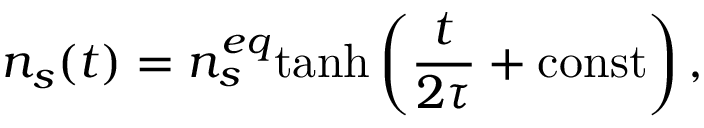
n _ { s } ( t ) = n _ { s } ^ { e q } \mathrm { t a n h } \left( \frac { t } { 2 \tau } + \mathrm { c o n s t } \right) ,